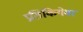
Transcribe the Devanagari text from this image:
प्रतिकियेवर